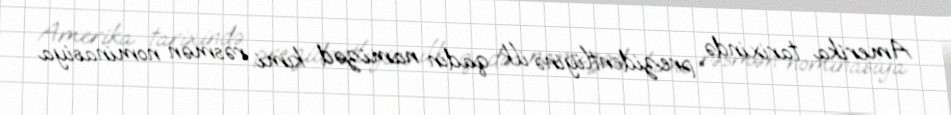
Amerika tarixində prezidentliyinə ilk qadın namizəd kimi rəsmən nominasiya